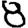
Digit: 8